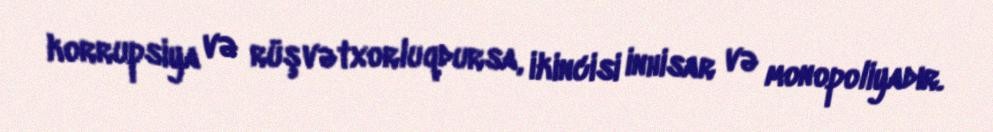
korrupsiya və rüşvətxorluqdursa, ikincisi inhisar və monopoliyadır.